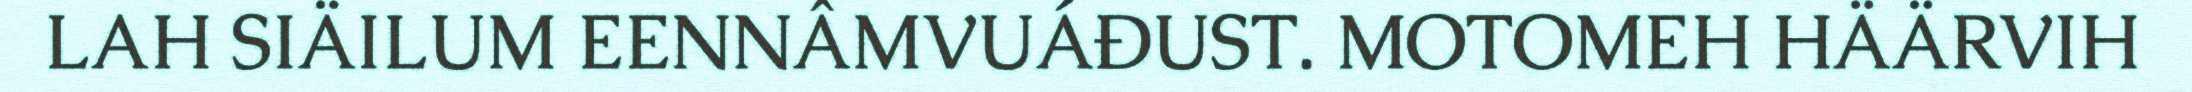
LAH SIÄILUM EENNÂMVUÁĐUST. MOTOMEH HÄÄRVIH